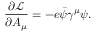
{ \frac { \partial { \mathcal { L } } } { \partial A _ { \mu } } } = - e { \bar { \psi } } \gamma ^ { \mu } \psi .